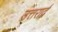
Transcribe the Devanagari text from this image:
उत्तरार्द्व